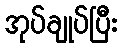
အုပ်ချုပ်ပြီး